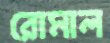
রোমাল